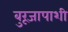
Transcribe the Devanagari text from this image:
बुरूजापाशी